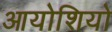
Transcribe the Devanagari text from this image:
आयोशियो